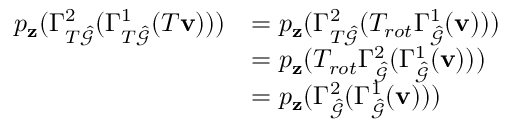
\begin{array} { r l } { p _ { \mathbf { z } } ( \Gamma _ { T \hat { \mathcal { G } } } ^ { 2 } ( \Gamma _ { T \hat { \mathcal { G } } } ^ { 1 } ( T \mathbf { v } ) ) ) } & { = p _ { \mathbf { z } } ( \Gamma _ { T \hat { \mathcal { G } } } ^ { 2 } ( T _ { r o t } \Gamma _ { \hat { \mathcal { G } } } ^ { 1 } ( \mathbf { v } ) ) ) } \\ & { = p _ { \mathbf { z } } ( T _ { r o t } \Gamma _ { \hat { \mathcal { G } } } ^ { 2 } ( \Gamma _ { \hat { \mathcal { G } } } ^ { 1 } ( \mathbf { v } ) ) ) } \\ & { = p _ { \mathbf { z } } ( \Gamma _ { \hat { \mathcal { G } } } ^ { 2 } ( \Gamma _ { \hat { \mathcal { G } } } ^ { 1 } ( \mathbf { v } ) ) ) } \end{array}